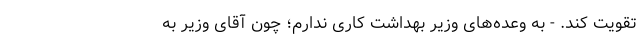
تقویت کند. - به وعده‌های وزیر بهداشت کاری ندارم؛ چون آقای وزیر به